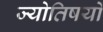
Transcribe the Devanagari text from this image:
ज्योतिषयों